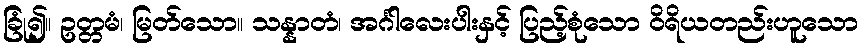
ခြုံ၍။ ဥတ္တမံ၊ မြတ်သော။ သန္နာတံ၊ အင်္ဂါလေးပါးနှင့် ပြည့်စုံသော ဝိရိယတည်းဟူသော